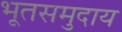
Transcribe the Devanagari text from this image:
भूतसमुदाय